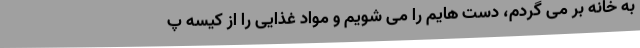
به خانه بر می گردم، دست هایم را می شویم و مواد غذایی را از کیسه پ